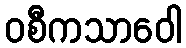
ဝစီကသာဝေါ